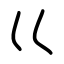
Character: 巜